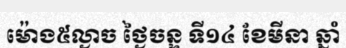
ម៉ោង៥ល្ងាច ថ្ងៃចន្ទ ទី១៤ ខែមីនា ឆ្នាំ